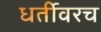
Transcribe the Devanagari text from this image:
धर्तीवरच